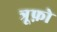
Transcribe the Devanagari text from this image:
त्रूफ़ो